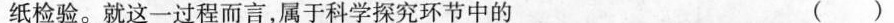
纸检验。就这一过程而言，属于科学探究环节中的 ( )